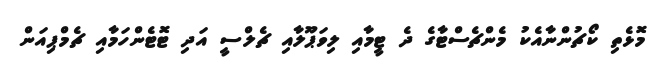
މޮޅެތި ކޯޗުންނާއެކު މެންޗެސްޓާގެ ދެ ޓީމާއި ލިވަޕޫލާއި ޗެލްސީ އަދި ޓޮޓެންހަމާއި ޗެމްޕިއަން